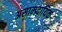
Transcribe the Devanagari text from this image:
असाम्प्र्दायिक